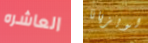
العاشره لويزيانا